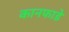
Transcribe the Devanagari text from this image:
कानफाडे